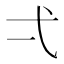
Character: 弌